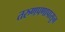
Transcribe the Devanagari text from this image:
तरुणपणापासुन